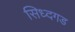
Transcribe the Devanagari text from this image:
सिध्दगड